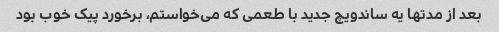
بعد از مدتها یه ساندویچ جدید با طعمی که می‌خواستم، برخورد پیک خوب بود